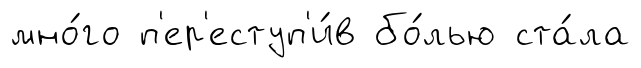
мно́го п'ер'еступ'и́в бо́лью ста́ла